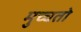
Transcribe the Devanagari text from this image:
मुच्चतो